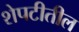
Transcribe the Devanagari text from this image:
शेपटीतील